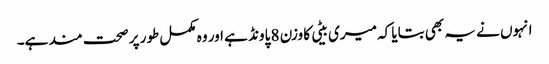
انہوں نے یہ بھی بتایا کہ میری بیٹی کا وزن 8 پاونڈ ہے اور وہ مکمل طور پر صحت مند ہے۔